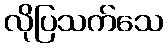
လိုပြသက်သေ